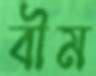
বীম